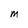
Character: M